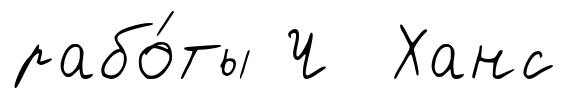
рабо́ты Ч Ханс